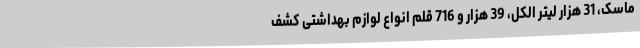
ماسک، 31 هزار لیتر الکل، 39 هزار و 716 قلم انواع لوازم بهداشتی کشف